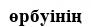
өрбуінің